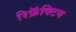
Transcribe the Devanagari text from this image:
रिफ्रॅक्टिव